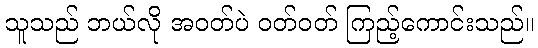
သူသည် ဘယ်လို အဝတ်ပဲ ဝတ်ဝတ် ကြည့်ကောင်းသည်။